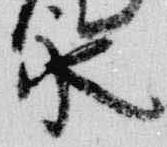
永